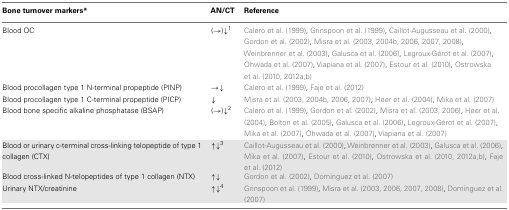
| Bone turnover markers* | AN/CT | Reference |
 | --- | --- | --- |
 | Blood OC | (→)↓1 | Calero et al. (1999), Grinspoon et al. (1999), Caillot-Augusseau et al. (2000), Gordon et al. (2002), Misra et al. (2003, 2004b, 2006, 2007, 2008), Weinbrenner et al. (2003), Galusca et al. (2006), Legroux-Gérot et al. (2007), Ohwada et al. (2007), Viapiana et al. (2007), Estour et al. (2010), Ostrowska et al. (2010, 2012a,b) |
 | Blood procollagen type 1 N-terminal propeptide (PINP) | →↓ | Calero et al. (1999), Faje et al. (2012) |
 | Blood procollagen type 1 C-terminal propeptide (PICP) | ↓ | Misra et al. (2003, 2004b, 2006, 2007), Heer et al. (2004), Mika et al. (2007) |
 | Blood bone specific alkaline phosphatase (BSAP) | (→)↓2 | Calero et al. (1999), Gordon et al. (2002), Misra et al. (2003, 2006), Heer et al. (2004), Bolton et al. (2005), Galusca et al. (2006), Legroux-Gérot et al. (2007), Mika et al. (2007), Ohwada et al. (2007), Viapiana et al. (2007) |
 | Blood or urinary c-terminal cross-linking telopeptide of type 1 collagen (CTX) | ↑↓3 | Caillot-Augusseau et al. (2000), Weinbrenner et al. (2003), Galusca et al. (2006), Mika et al. (2007), Estour et al. (2010), Ostrowska et al. (2010, 2012a,b), Faje et al. (2012) |
 | Blood cross-linked N-telopeptides of type 1 collagen (NTX) | ↑↓ | Gordon et al. (2002), Dominguez et al. (2007) |
 | Urinary NTX/creatinine | ↑↓4 | Grinspoon et al. (1999), Misra et al. (2003, 2006, 2007, 2008), Dominguez et al. (2007) |